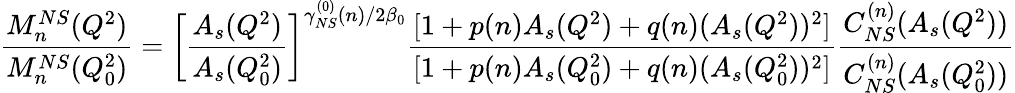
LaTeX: \frac{M_{n}^{NS}(Q^{2})}{M_{n}^{NS}(Q_{0}^{2})}=\bigg[\frac{A_{s}(Q^{2})}{A_{s}(Q_{0}^{2})}\bigg]^{\gamma_{NS}^{(0)}(n)/2\beta_{0}}\frac{[1+p(n)A_{s}(Q^{2})+q(n)(A_{s}(Q^{2}))^{2}]}{[1+p(n)A_{s}(Q_{0}^{2})+q(n)(A_{s}(Q_{0}^{2}))^{2}]}\frac{C_{NS}^{(n)}(A_{s}(Q^{2}))}{C_{NS}^{(n)}(A_{s}(Q_{0}^{2}))}